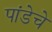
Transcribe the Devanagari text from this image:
पांडेचे